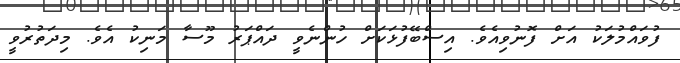
ފުވައްމުލަކު އަށް ފޮނުވިއެވެ. އިސްބޭފުޅަކަށް ހުންނެވީ ދައްޕަރު މޫސާ މަނިކު އެވެ. މިދަތުރުވީ